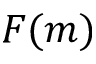
F ( m )